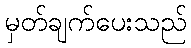
မှတ်ချက်ပေးသည်